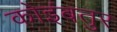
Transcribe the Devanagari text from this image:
कोइंबतुर